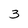
Character: 3